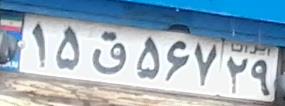
۱۵ق۵۶۷۲۹